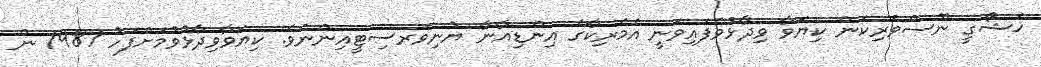
ޚަޝޯގީ ނޫސްވެރިކަން ކިޔަވާ ވިދާޅުވެފައިވަނީ އެމެރިކާގެ އިންޑިއާނާ ޔުނިވަރސިޓީއިންނެވެ. ކިޔަވާވިދާޅުވުމަށްފަހު 1987 ން